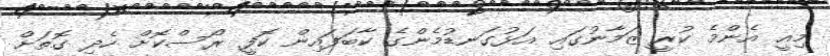
މިއީ އެންމެ ކުރީ ޒަމާނުގައި އަޅުގަނޑުމެންގެ ކާބަފައިން ކޮފީ ރޯސްކޮށް ހެދި ގޮތަށް